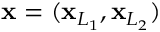
\mathbf { x } = ( \mathbf { x } _ { L _ { 1 } } , \mathbf { x } _ { L _ { 2 } } )